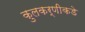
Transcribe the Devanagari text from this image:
कुलकर्णीकडे